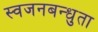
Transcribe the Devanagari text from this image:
स्वजनबन्धुता